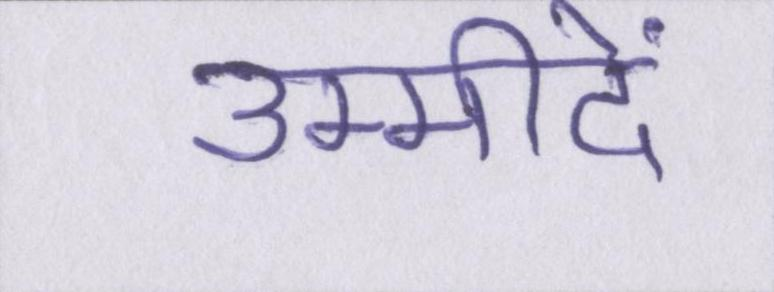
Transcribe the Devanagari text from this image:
उम्मीदें